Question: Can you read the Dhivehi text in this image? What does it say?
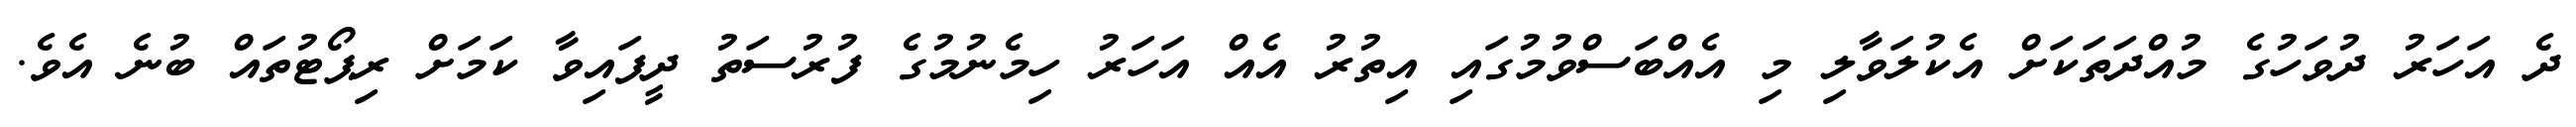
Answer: ދެ އަހަރު ދުވަހުގެ މުއްދަތަކަށް އެކުލަވާލި މި އެއްބަސްވުމުގައި އިތުރު އެއް އަހަރު ހިމެނުމުގެ ފުރުސަތު ދީފައިވާ ކަމަށް ރިޕޯޓުތައް ބުނެ އެވެ.